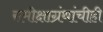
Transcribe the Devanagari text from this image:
समीक्षाग्रंथांचीही